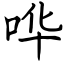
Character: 哗